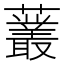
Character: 䕺